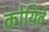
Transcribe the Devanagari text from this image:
कोयिवे